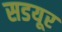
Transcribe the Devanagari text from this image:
सडयूर